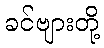
ခင်ဗျားတို့